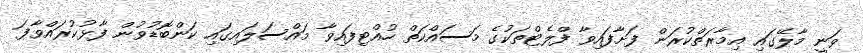
ވަނީ މާލޭގައި އިމާރަތްކުރަން ފަށާފައިވާ ފްލެޓްތަކުގެ މަސައްކަތް ހުއްޓިފައިވާ މައްސަލައިގައި ކަންބޮޑުވުން ފާޅުކުރައްވާފަ